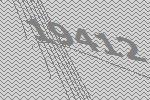
19412